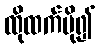
ထိုထက်ပို၍